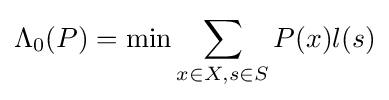
\displaystyle \Lambda _{0}(P)=\min \sum _{x\in X,s\in S}P(x)l(s)